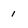
Character: 1